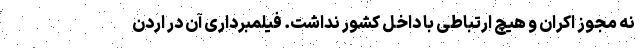
نه مجوز اکران و هیچ ارتباطی با داخل کشور نداشت. فیلمبرداری آن در اردن